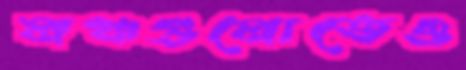
লঞ্চগুলোতেও